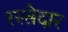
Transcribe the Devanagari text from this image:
रस्सेदार